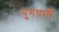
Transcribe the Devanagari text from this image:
युगधर्मी